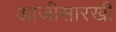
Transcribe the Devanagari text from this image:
आजीसारखी